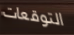
التوقعات